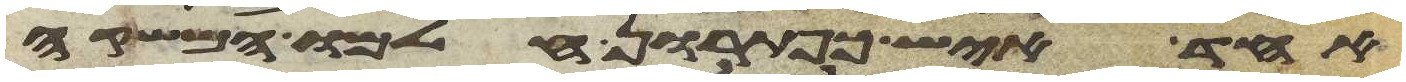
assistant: אחד איש כפתרון חלמו המשקה